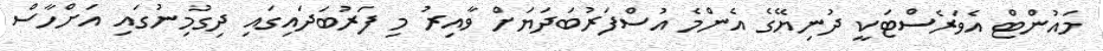
މައުންޓް އެވަރެސްޓަކީ ދުނިޔޭގެ އެންމެ އުސްފަރުބަދަޔަށް ވާއިރު މި ފަރުބަދައިގައި ދިގުމިނުގައި އަށްހާސް